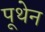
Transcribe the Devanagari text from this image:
पूथेन